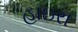
હાઇરા